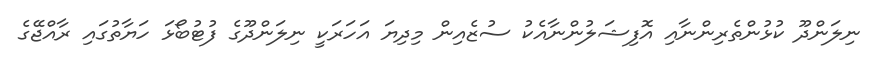
ނިލަންދޫ ކުޅުންތެރިންނާއި އޮފިޝަލުންނާއެކު ސުޒެއިން މިދިޔަ އަހަރަކީ ނިލަންދޫގެ ފުޓުބޯޅަ ހަޔާތުގައި ރާއްޖޭގެ